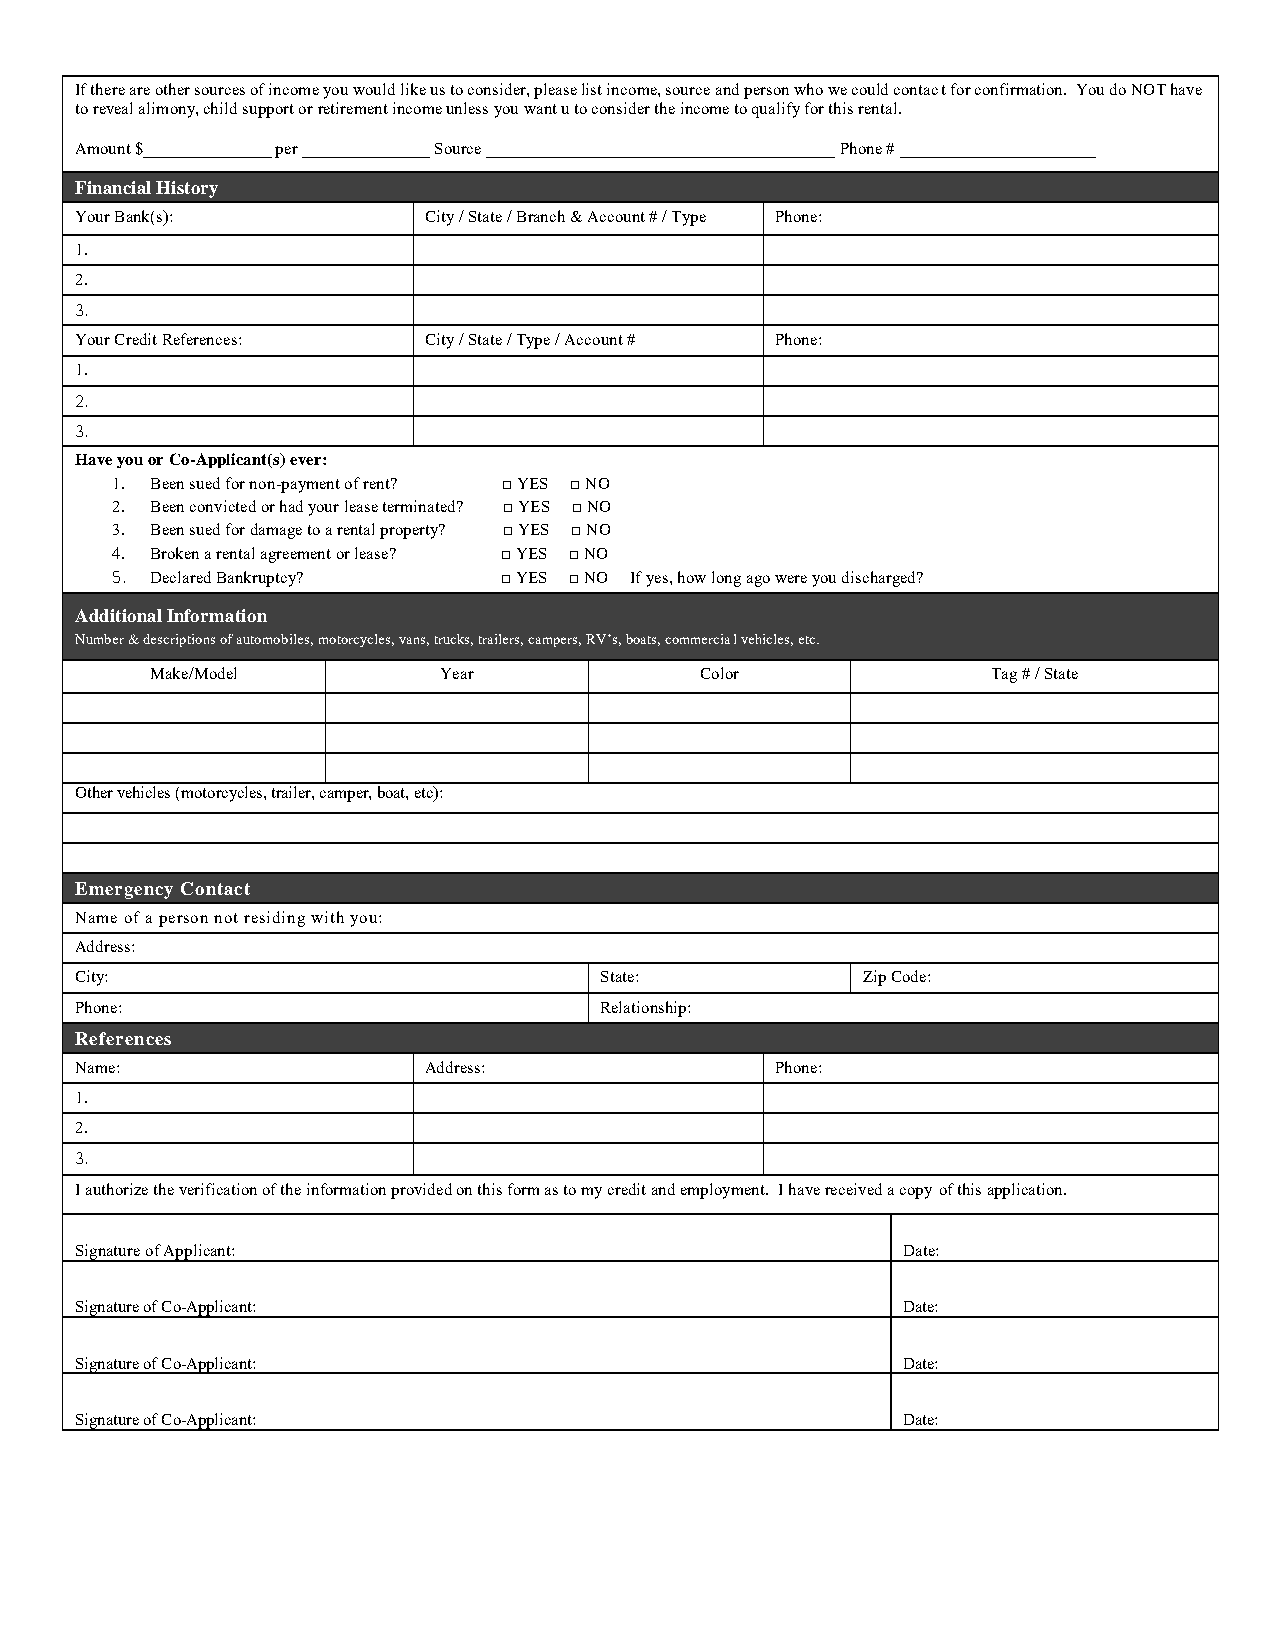
If there are other sources of income you would like us to consider, please list income, source and person who we could contact for confirmation. You do NOT have
 to reveal alimony, child support or retirement income unless you want u to consider the income to qualify for this rental.
 Amount $_______________ per _______________ Source _________________________________________ Phone # _______________________
 Financial History
 Your Bank(s):          City / State / Branch & Account # / Type Phone:
 1.
 2.
 3.
 Your Credit References: City / State / Type / Account # Phone:
 1.
 2.
 3.
 Have you or Co-Applicant(s) ever:
 1. Been sued for non-payment of rent? □YES □NO
 2. Been convicted or had your lease terminated? □YES □NO
 3. Been sued for damage to a rental property? □YES □NO
 4. Broken a rental agreement or lease? □YES □NO
 5. Declared Bankruptcy?   □YES □NO If yes, how long ago were you discharged?
 Additional Information
 Number & descriptions of automobiles, motorcycles, vans, trucks, trailers, campers, RV’s, boats, commercial vehicles, etc.
 Make/Model         Year             Color               Tag # / State
 Other vehicles (motorcycles, trailer, camper, boat, etc):
 Emergency Contact
 Name of a person not residing with you:
 Address:
 S
 City:                              State:           Zip Code:
 Phone:                             Relationship:
 References
 Name:                  Address:               Phone:
 1.
 2.
 3.
 I authorize the verification of the information provided on this form as to my credit and employment. I have received a copy of this application.
 Signature of Applicant:                                Date:
 Signature of Co-Applicant:                             Date:
 Signature of Co-Applicant:                             Date:
 Signature of Co-Applicant:                             Date: